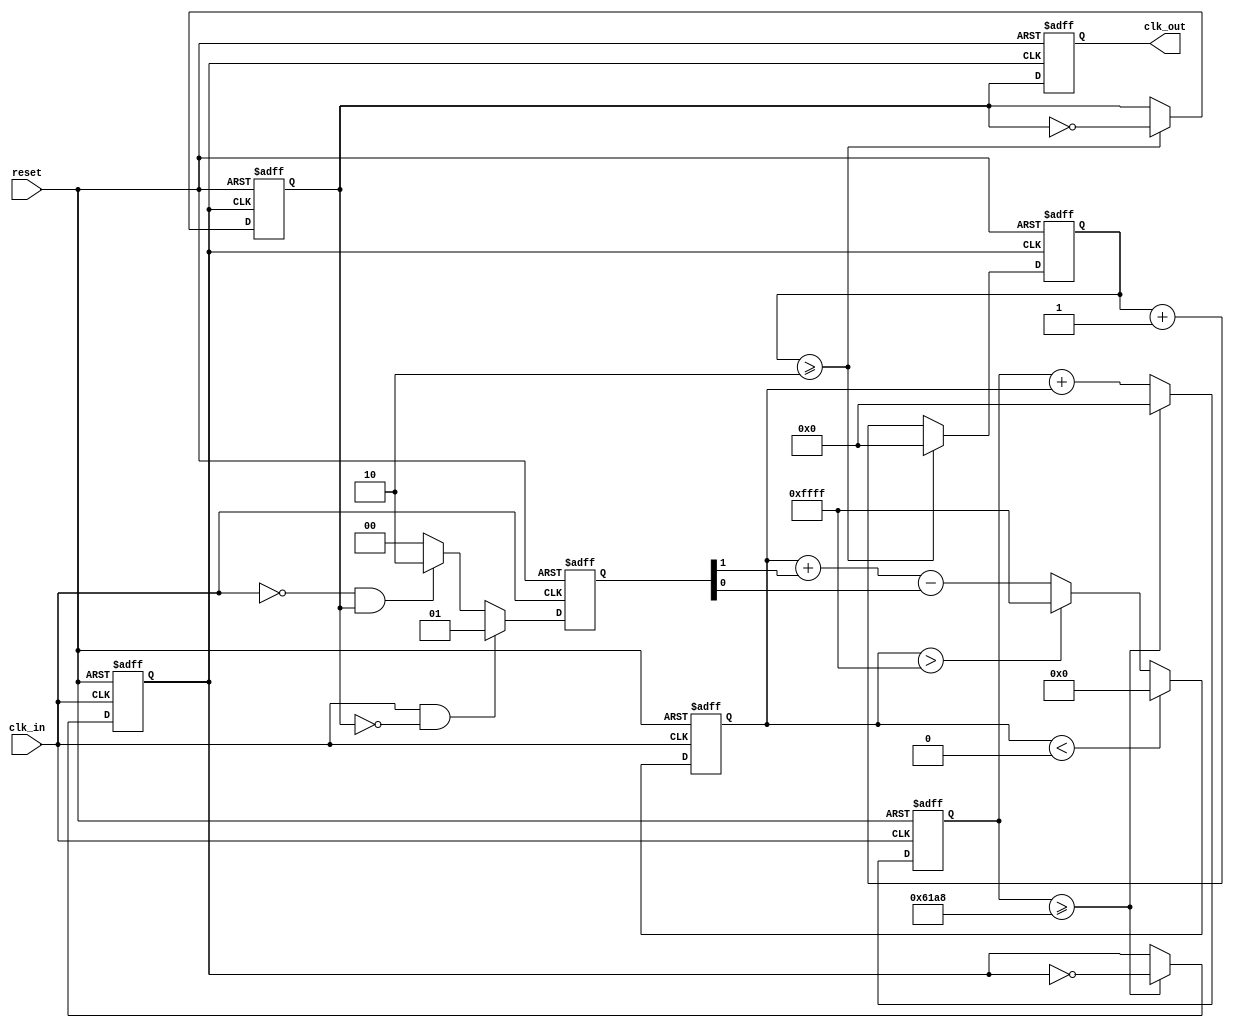
module parameterized_PLL #(
    parameter INPUT_FREQ = 50_000_000, // Input frequency in Hz
    parameter OUTPUT_FREQ = 100_000_000, // Desired output frequency in Hz
    parameter DIV_FACTOR = OUTPUT_FREQ / INPUT_FREQ, // Division factor
    parameter LOOP_BANDWIDTH = 1000 // Loop bandwidth in Hz
)(
    input wire clk_in, // Input clock signal
    input wire reset, // Reset signal
    output reg clk_out // Output clock signal
);

    // Phase Detector (PD)
    reg [1:0] phase_error; // Phase error signal
    reg clk_feedback; // Feedback clock signal

    // Low Pass Filter (LPF)
    reg [15:0] control_voltage; // Control voltage for VCO

    // Voltage-Controlled Oscillator (VCO)
    reg [31:0] vco_counter; // VCO counter
    reg vco_clk; // VCO output clock

    // Frequency Divider
    reg [31:0] divider_counter; // Divider counter
    reg [31:0] divider_count; // Count for division

    // Initialize the counters
    initial begin
        vco_counter = 0;
        divider_counter = 0;
        control_voltage = 0;
        clk_out = 0;
        clk_feedback = 0;
    end

    // Phase Detector Logic
    always @(posedge clk_in or posedge reset) begin
        if (reset) begin
            phase_error <= 2'b00;
        end else begin
            // Simple phase comparison logic
            if (clk_in && !clk_feedback) begin
                phase_error <= 2'b01; // Input clock leads feedback
            end else if (!clk_in && clk_feedback) begin
                phase_error <= 2'b10; // Feedback leads input clock
            end else begin
                phase_error <= 2'b00; // In phase
            end
        end
    end

    // Low Pass Filter Logic
    always @(posedge clk_in or posedge reset) begin
        if (reset) begin
            control_voltage <= 0;
        end else begin
            // Simple LPF implementation
            control_voltage <= control_voltage + phase_error[1] - phase_error[0];
            // Limit control voltage to avoid overflow
            if (control_voltage > 16'hFFFF) control_voltage <= 16'hFFFF;
            if (control_voltage < 0) control_voltage <= 0;
        end
    end

    // Voltage-Controlled Oscillator (VCO) Logic
    always @(posedge clk_in or posedge reset) begin
        if (reset) begin
            vco_counter <= 0;
            vco_clk <= 0;
        end else begin
            // Adjust VCO frequency based on control voltage
            vco_counter <= vco_counter + control_voltage[15:0]; // Scale control voltage
            if (vco_counter >= (INPUT_FREQ / (2 * LOOP_BANDWIDTH))) begin
                vco_clk <= ~vco_clk; // Toggle VCO clock
                vco_counter <= 0;
            end
        end
    end

    // Frequency Divider Logic
    always @(posedge vco_clk or posedge reset) begin
        if (reset) begin
            divider_counter <= 0;
            clk_feedback <= 0;
        end else begin
            divider_counter <= divider_counter + 1;
            if (divider_counter >= DIV_FACTOR) begin
                clk_feedback <= ~clk_feedback; // Toggle feedback clock
                divider_counter <= 0;
            end
        end
    end

    // Output Clock Generation
    always @(posedge vco_clk or posedge reset) begin
        if (reset) begin
            clk_out <= 0;
        end else begin
            clk_out <= clk_feedback; // Output the feedback clock
        end
    end

endmodule